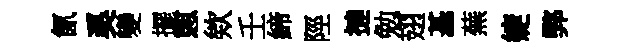
氤奚變擺憇欸壬締陘撻勉翅基蕪婕弊